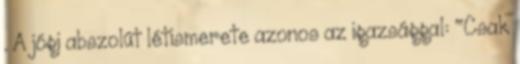
. A jógi abszolút létismerete azonos az igazsággal: "Csak